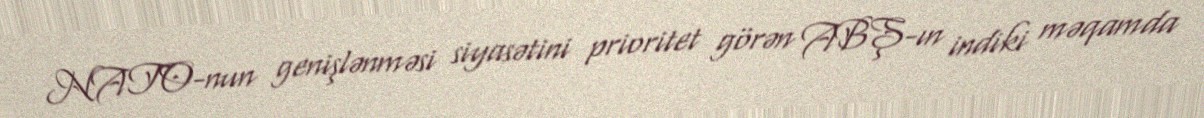
NATO-nun genişlənməsi siyasətini prioritet görən ABŞ-ın indiki məqamda